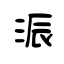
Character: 浱